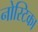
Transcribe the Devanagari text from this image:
नोस्टिका